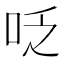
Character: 𠰏